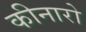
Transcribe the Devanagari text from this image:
कीनारो